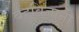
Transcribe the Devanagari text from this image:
बहुविज्ञानी